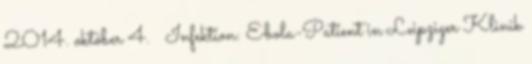
2014. október 4. ↑ Infektion: Ebola-Patient in Leipziger Klinik